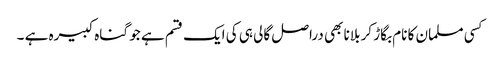
کسی مسلمان کا نام بگاڑ کر بلانا بھی دراصل گالی ہی کی ایک قسم ہے جو گناہ کبیرہ ہے ۔